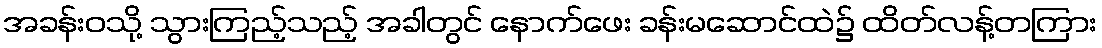
အခန်းဝသို့ သွားကြည့်သည့် အခါတွင် နောက်ဖေး ခန်းမဆောင်ထဲ၌ ထိတ်လန့်တကြား